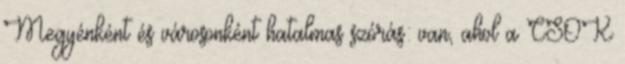
Megyénként és városonként hatalmas szórás: van, ahol a CSOK